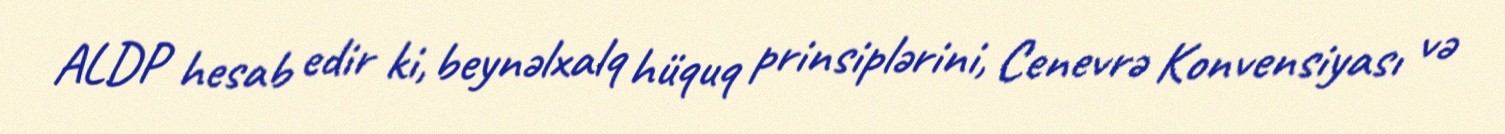
ALDP hesab edir ki, beynəlxalq hüquq prinsiplərini, Cenevrə Konvensiyası və